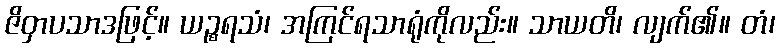
ဇိဝှာပသာဒဖြင့်။ ယဉ္စရသံ၊ အကြင်ရသာရုံကိုလည်း။ သာယတိ၊ လျက်၏။ တံ၊